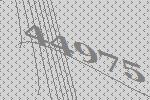
44975